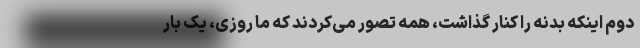
دوم اینکه بدنه را کنار گذاشت، همه تصور می‌کردند که ما روزی، یک بار